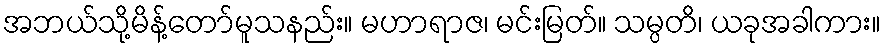
အဘယ်သို့မိန့်တော်မူသနည်း။ မဟာရာဇ၊ မင်းမြတ်။ သမ္ပတိ၊ ယခုအခါကား။